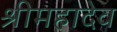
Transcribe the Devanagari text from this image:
श्रीमहादेव